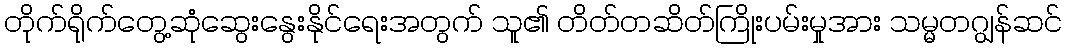
တိုက်ရိုက်တွေ့ဆုံဆွေးနွေးနိုင်ရေးအတွက် သူ၏ တိတ်တဆိတ်ကြိုးပမ်းမှုအား သမ္မတဂျွန်ဆင်